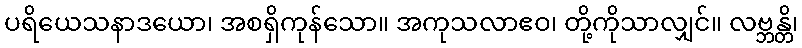
ပရိယေသနာဒယော၊ အစရှိကုန်သော။ အကုသလာဧဝ၊ တို့ကိုသာလျှင်။ လဗ္ဘန္တိ၊